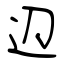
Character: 辺